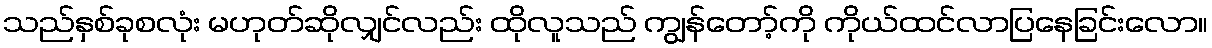
သည်နှစ်ခုစလုံး မဟုတ်ဆိုလျှင်လည်း ထိုလူသည် ကျွန်တော့်ကို ကိုယ်ထင်လာပြနေခြင်းလော။